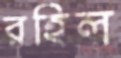
রহিল